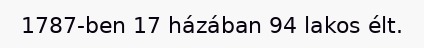
1787-ben 17 házában 94 lakos élt.